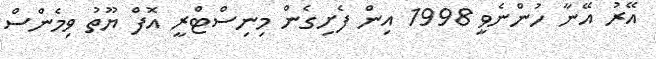
އޭރު އޭނާ ހުންނެވީ 1998 އިން ފެށިގެން މިނިސްޓްރީ އޮފް ޔޫތު ވިމެންސް